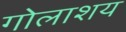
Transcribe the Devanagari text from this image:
गोलाशय